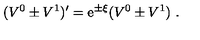
( V ^ { 0 } \pm V ^ { 1 } ) ^ { \prime } = \mathrm { e } ^ { \pm \xi } ( V ^ { 0 } \pm V ^ { 1 } ) \ .